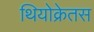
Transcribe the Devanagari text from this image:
थियोक्रेतस